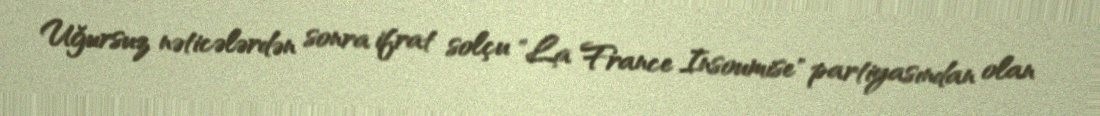
Uğursuz nəticələrdən sonra ifrat solçu "La France Insoumise" partiyasından olan